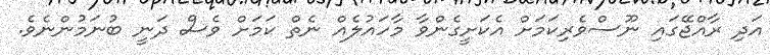
އަދި ރާއްޖޭގައި ނޫސްވެރިކަމަށް އެކަށީގެންވާ މާހައުލެއް ނެތް ކަމަށް ވެސް ދަނީ ބުނަމުންނެވެ.